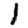
Digit: 1